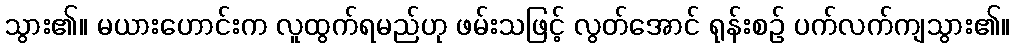
သွား၏။ မယားဟောင်းက လူထွက်ရမည်ဟု ဖမ်းသဖြင့် လွတ်အောင် ရုန်းစဉ် ပက်လက်ကျသွား၏။